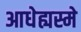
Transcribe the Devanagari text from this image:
आधेह्यस्मे